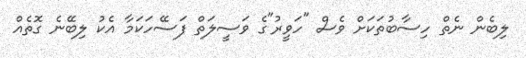
ލިބެން ނެތް ހިސާބުތަކަށް ވެސް "ހަވީރު"ގެ ވަސީލަތް ފަސޭހަކަމާ އެކު ލިބޭނެ ގޮތެއް